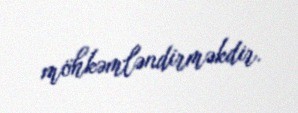
möhkəmləndirməkdir.